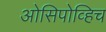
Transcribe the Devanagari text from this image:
ओसिपोव्हिच